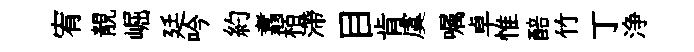
宥靚崛廷吟約翥栢滯目肯虞嘱卓惟醅竹丁浄